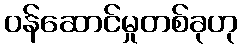
ဝန်ဆောင်မှုတစ်ခုဟု